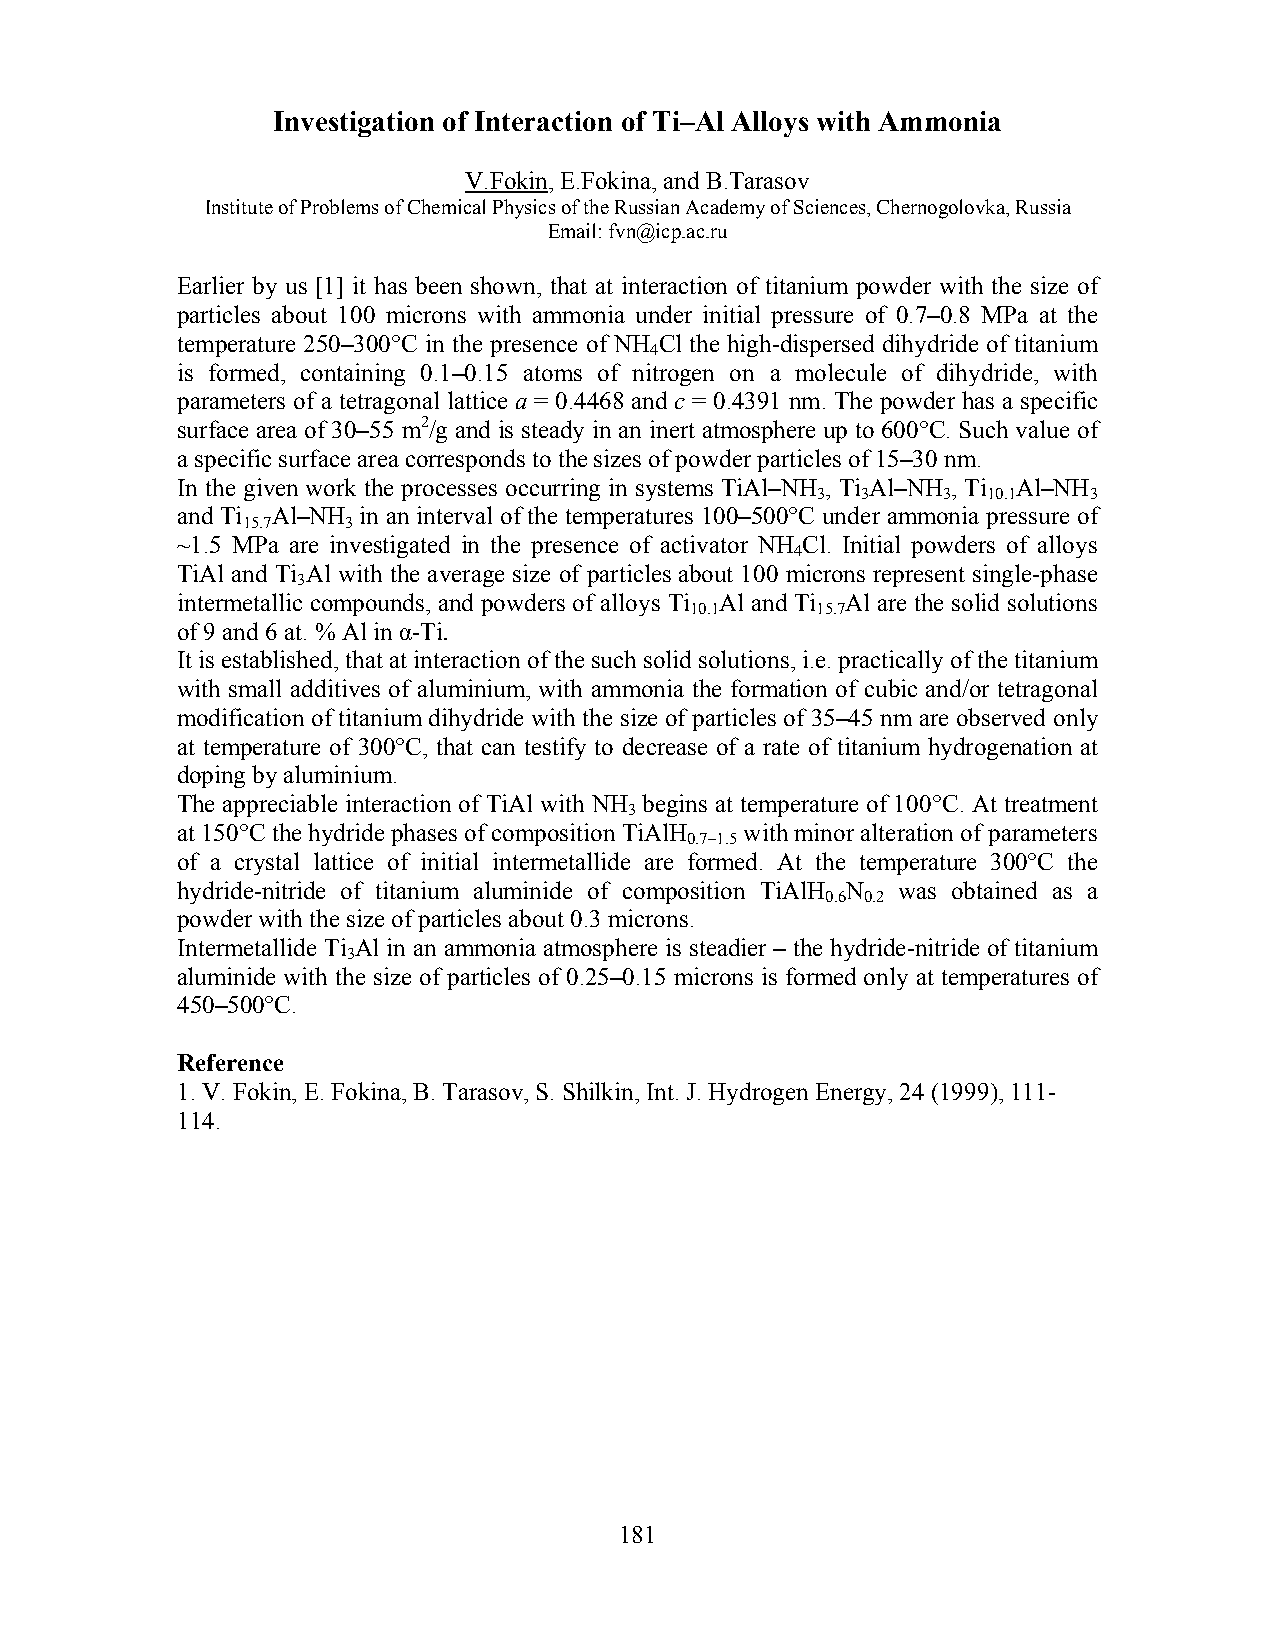
Investigation of Interaction of Ti–Al Alloys with Ammonia
 V.Fokin, E.Fokina, and B.Tarasov
 Institute of Problems of Chemical Physics of the Russian Academy of Sciences, Chernogolovka, Russia
 Email: fvn@icp.ac.ru
 Earlier by us [1] it has been shown, that at interaction of titanium powder with the size of
 particles about 100 microns with ammonia under initial pressure of 0.7–0.8 MPa at the
 temperature 250–300°C in the presence of NH Cl the high-dispersed dihydride of titanium
 4
 is formed, containing 0.1–0.15 atoms of nitrogen on a molecule of dihydride, with
 parameters of a tetragonal lattice a = 0.4468 and c = 0.4391 nm. The powder has a specific
 surface area of 30–55 m2/g and is steady in an inert atmosphere up to 600°C. Such value of
 a specific surface area corresponds to the sizes of powder particles of 15–30 nm.
 In the given work the processes occurring in systems TiAl–NH , Ti Al–NH , Ti Al–NH
 3  3    3  10.1   3
 and Ti Al–NH in an interval of the temperatures 100–500°C under ammonia pressure of
 15.7   3
 ~1.5 MPa are investigated in the presence of activator NH Cl. Initial powders of alloys
 4
 TiAl and Ti Al with the average size of particles about 100 microns represent single-phase
 3
 intermetallic compounds, and powders of alloys Ti Al and Ti Al are the solid solutions
 10.1    15.7
 of 9 and 6 at. % Al in α-Ti.
 It is established, that at interaction of the such solid solutions, i.e. practically of the titanium
 with small additives of aluminium, with ammonia the formation of cubic and/or tetragonal
 modification of titanium dihydride with the size of particles of 35–45 nm are observed only
 at temperature of 300°C, that can testify to decrease of a rate of titanium hydrogenation at
 doping by aluminium.
 The appreciable interaction of TiAl with NH begins at temperature of 100°C. At treatment
 3
 at 150°C the hydride phases of composition TiAlH with minor alteration of parameters
 0.7–1.5
 of a crystal lattice of initial intermetallide are formed. At the temperature 300°C the
 hydride-nitride of titanium aluminide of composition TiAlH N was obtained as a
 0.6 0.2
 powder with the size of particles about 0.3 microns.
 Intermetallide Ti Al in an ammonia atmosphere is steadier – the hydride-nitride of titanium
 3
 aluminide with the size of particles of 0.25–0.15 microns is formed only at temperatures of
 450–500°C.
 Reference
 1. V. Fokin, E. Fokina, B. Tarasov, S. Shilkin, Int. J. Hydrogen Energy, 24 (1999), 111-
 114.
 181